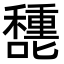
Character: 㘒